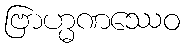
ဗြာဟ္မဏဿေဝ